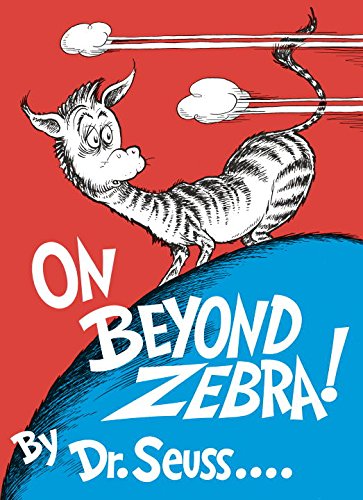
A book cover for On Beyond Zebra! (Classic Seuss); Dr. Seuss; Humor & Entertainment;